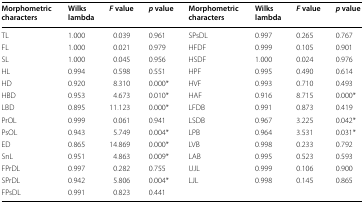
<table><thead><tr><td><b>Morphometric characters</b></td><td><b>Wilks lambda</b></td><td><b><i>F</i> value</b></td><td><b><i>p</i> value</b></td><td><b>Morphometric characters</b></td><td><b>Wilks lambda</b></td><td><b><i>F</i> value</b></td><td><b><i>p</i> value</b></td></tr></thead><tbody><tr><td>TL</td><td>1.000</td><td>0.039</td><td>0.961</td><td>SPsDL</td><td>0.997</td><td>0.265</td><td>0.767</td></tr><tr><td>FL</td><td>1.000</td><td>0.021</td><td>0.979</td><td>HFDF</td><td>0.999</td><td>0.105</td><td>0.901</td></tr><tr><td>SL</td><td>1.000</td><td>0.045</td><td>0.956</td><td>HSDF</td><td>1.000</td><td>0.024</td><td>0.976</td></tr><tr><td>HL</td><td>0.994</td><td>0.598</td><td>0.551</td><td>HPF</td><td>0.995</td><td>0.490</td><td>0.614</td></tr><tr><td>HD</td><td>0.920</td><td>8.310</td><td>0.000*</td><td>HVF</td><td>0.993</td><td>0.710</td><td>0.493</td></tr><tr><td>HBD</td><td>0.953</td><td>4.673</td><td>0.010*</td><td>HAF</td><td>0.916</td><td>8.715</td><td>0.000*</td></tr><tr><td>LBD</td><td>0.895</td><td>11.123</td><td>0.000*</td><td>LFDB</td><td>0.991</td><td>0.873</td><td>0.419</td></tr><tr><td>PrOL</td><td>0.999</td><td>0.061</td><td>0.941</td><td>LSDB</td><td>0.967</td><td>3.225</td><td>0.042*</td></tr><tr><td>PsOL</td><td>0.943</td><td>5.749</td><td>0.004*</td><td>LPB</td><td>0.964</td><td>3.531</td><td>0.031*</td></tr><tr><td>ED</td><td>0.865</td><td>14.869</td><td>0.000*</td><td>LVB</td><td>0.998</td><td>0.233</td><td>0.792</td></tr><tr><td>SnL</td><td>0.951</td><td>4.863</td><td>0.009*</td><td>LAB</td><td>0.995</td><td>0.523</td><td>0.593</td></tr><tr><td>FPrDL</td><td>0.997</td><td>0.282</td><td>0.755</td><td>UJL</td><td>0.999</td><td>0.106</td><td>0.900</td></tr><tr><td>SPrDL</td><td>0.942</td><td>5.806</td><td>0.004*</td><td>LJL</td><td>0.998</td><td>0.145</td><td>0.865</td></tr><tr><td>FPsDL</td><td>0.991</td><td>0.823</td><td>0.441</td><td></td><td></td><td></td><td></td></tr></tbody></table>